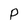
Character: P